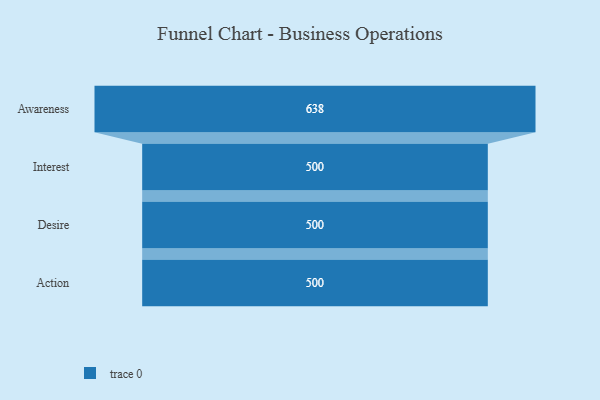
{"axis": {"x": "Stage", "y": "Value"}, "legend": [""], "data": [{"x": "Awareness", "y": 638.0, "type": ""}, {"x": "Interest", "y": 500, "type": ""}, {"x": "Desire", "y": 500, "type": ""}, {"x": "Action", "y": 500, "type": ""}]}